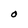
Character: O